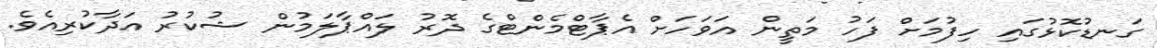
ގަނޑުކޮޅުގައި ހިފުމަށް ފަހު މަތީން އަވަހަށް އެޕާޓްމެންޓްގެ ދޮރު ލައްޕާލަމުން ޝުކުރު އަދާކުރިއެވެ.